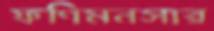
ফণিমনসার